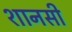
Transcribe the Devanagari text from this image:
शानसी